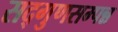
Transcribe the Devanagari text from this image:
सद्गुणसम्पन्न